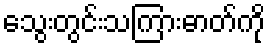
သွေးတွင်းသကြားဓာတ်ကို